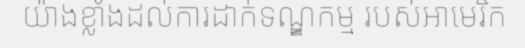
យ៉ាងខ្លាំងដល់ការដាក់ទណ្ឌកម្ម របស់អាមេរិក